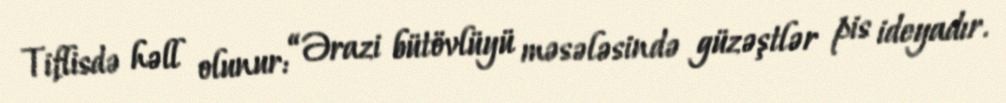
Tiflisdə həll olunur: “Ərazi bütövlüyü məsələsində güzəştlər pis ideyadır.